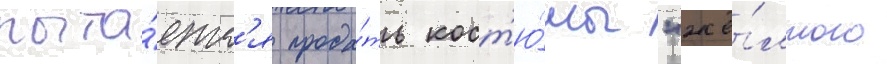
пыта́етс'я прода́ть кост'ю́мы "жё́лтого